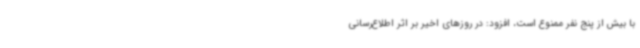
با بیش از پنج نفر ممنوع است، افزود: در روزهای اخیر بر اثر اطلاع‌رسانی